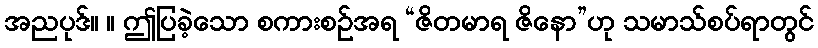
အညပုဒ်။ ။ ဤပြခဲ့သော စကားစဉ်အရ “ဇိတမာရ ဇိနော”ဟု သမာသ်စပ်ရာတွင်